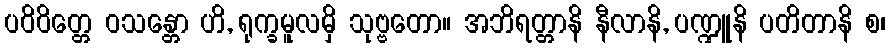
ပဝိဝိတ္တေ ဝသန္တော ဟိ, ရုက္ခမူလမှိ သုဗ္ဗတော။ အဘိရတ္တာနိ နီလာနိ, ပဏ္ဍူနိ ပတိတာနိ စ၊